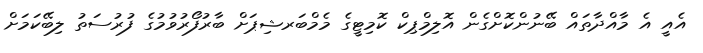
އެއީ އެ މާއްދާތައް ބޭނުންކޮށްގެން އޮލިމްޕިކް ކޮމިޓީގެ މެމްބަރޝިޕަށް ބާރުފޯރުވުމުގެ ފުރުސަތު ލިބޭކަމަށް